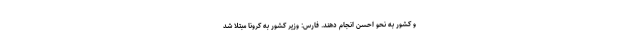
و کشور به نحو احسن انجام دهند. فارس: وزیر کشور به کرونا مبتلا شد